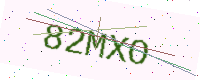
Text: 82MXO